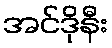
အင်ဒိုနီး